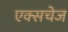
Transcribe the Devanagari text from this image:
एक्सचेज